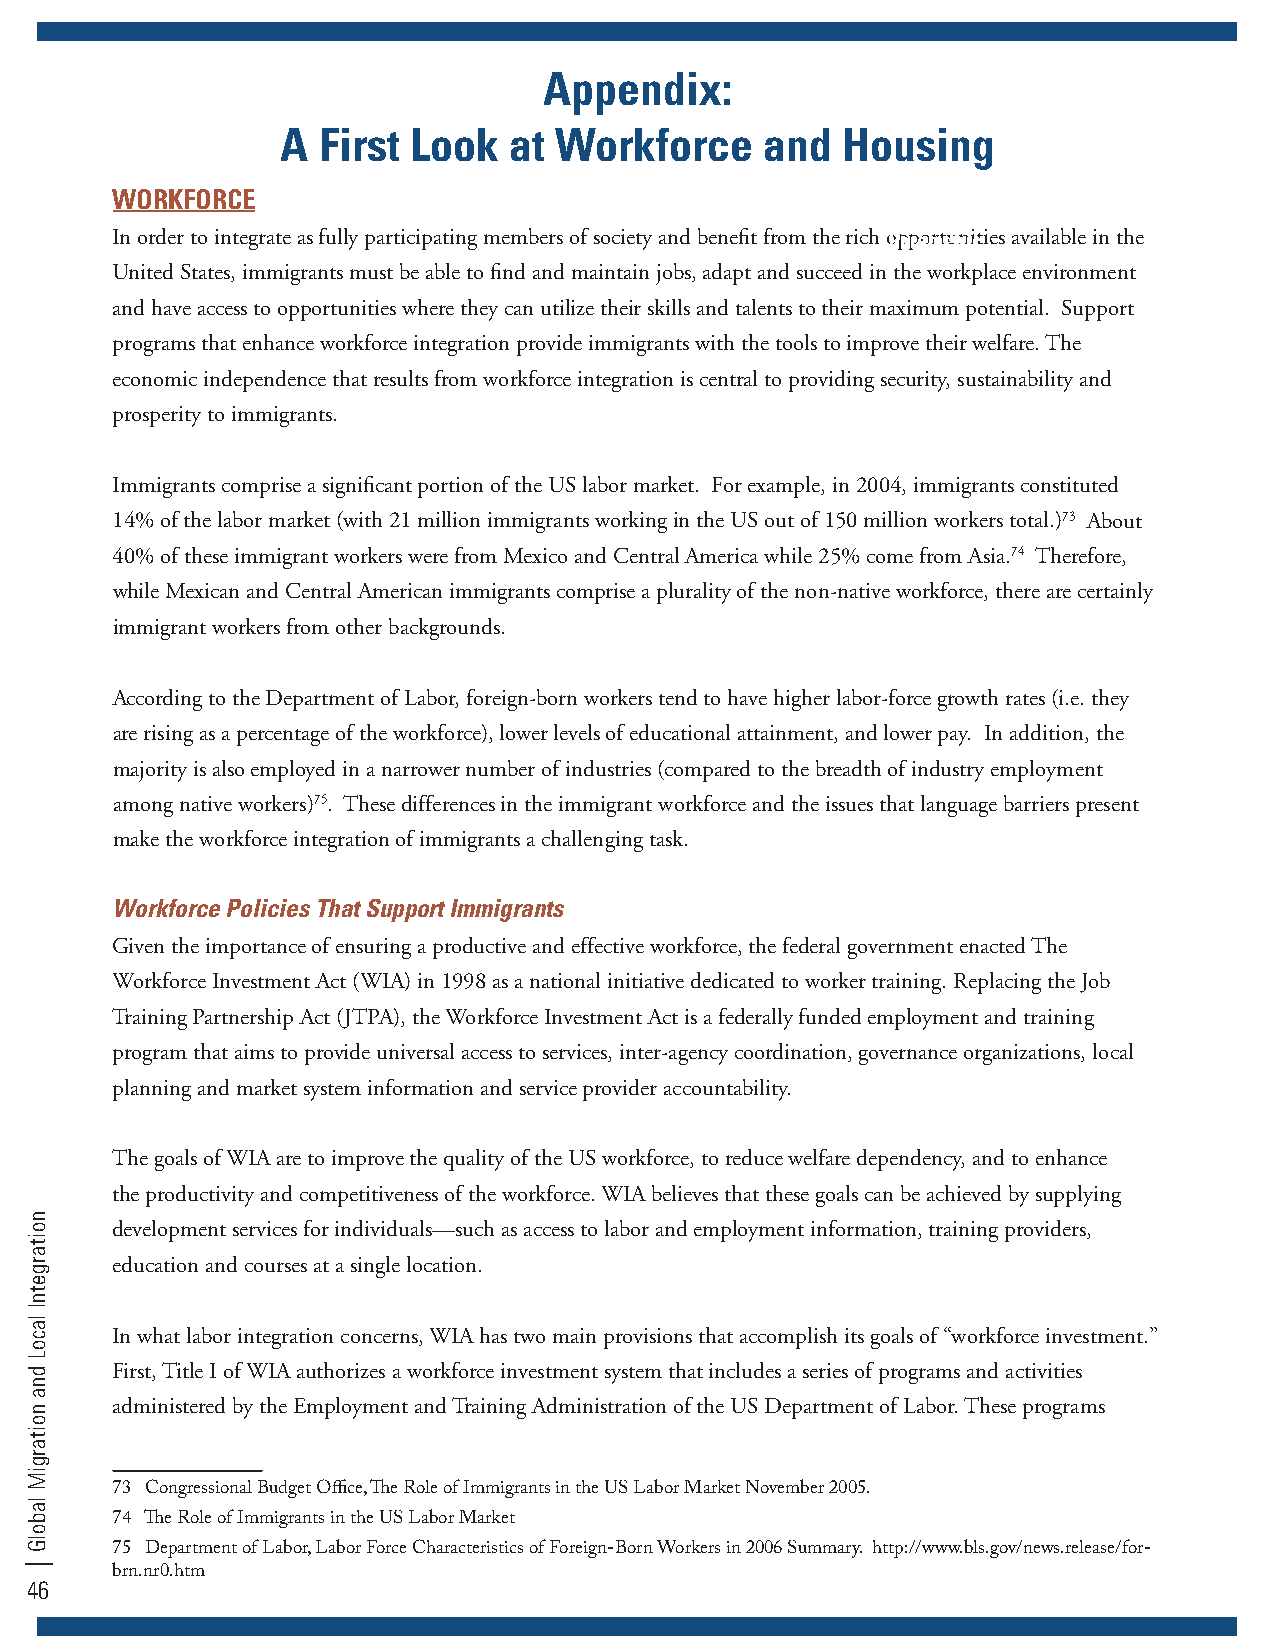
Appendix:
 A First Look   at Workforce     and  Housing
 WORKFORCE
 In order to integrate as fully participating members of society and benefit from the rich oPpapraomrteutnriicties available in the
 United States, immigrants must be able to find and maintain jobs, adapt and succeed in the workplace environment
 and have access to opportunities where they can utilize their skills and talents to their maximum potential. Support
 programs that enhance workforce integration provide immigrants with the tools to improve their welfare. The
 economic independence that results from workforce integration is central to providing security, sustainability and
 prosperity to immigrants.
 Immigrants comprise a significant portion of the US labor market. For example, in 2004, immigrants constituted
 14% of the labor market (with 21 million immigrants working in the US out of 150 million workers total.)73 About
 40% of these immigrant workers were from Mexico and Central America while 25% come from Asia.74 Therefore,
 while Mexican and Central American immigrants comprise a plurality of the non-native workforce, there are certainly
 immigrant workers from other backgrounds.
 According to the Department of Labor, foreign-born workers tend to have higher labor-force growth rates (i.e. they
 are rising as a percentage of the workforce), lower levels of educational attainment, and lower pay. In addition, the
 majority is also employed in a narrower number of industries (compared to the breadth of industry employment
 among native workers)75. These differences in the immigrant workforce and the issues that language barriers present
 make the workforce integration of immigrants a challenging task.
 Workforce Policies That Support Immigrants
 Given the importance of ensuring a productive and effective workforce, the federal government enacted The
 Workforce Investment Act (WIA) in 1998 as a national initiative dedicated to worker training. Replacing the Job
 Training Partnership Act (JTPA), the Workforce Investment Act is a federally funded employment and training
 program that aims to provide universal access to services, inter-agency coordination, governance organizations, local
 planning and market system information and service provider accountability.
 The goals of WIA are to improve the quality of the US workforce, to reduce welfare dependency, and to enhance
 the productivity and competitiveness of the workforce. WIA believes that these goals can be achieved by supplying
 development services for individuals—such as access to labor and employment information, training providers,
 education and courses at a single location.
 In what labor integration concerns, WIA has two main provisions that accomplish its goals of “workforce investment.”
 First, Title I of WIA authorizes a workforce investment system that includes a series of programs and activities
 administered by the Employment and Training Administration of the US Department of Labor. These programs
 73 Congressional Budget Office, The Role of Immigrants in the US Labor Market November 2005.
 74 The Role of Immigrants in the US Labor Market
 75 Department of Labor, Labor Force Characteristics of Foreign-Born Workers in 2006 Summary. http://www.bls.gov/news.release/for-
 brn.nr0.htm
 46
 noitargetnI
 lacoL
 dna
 noitargiM
 labolG